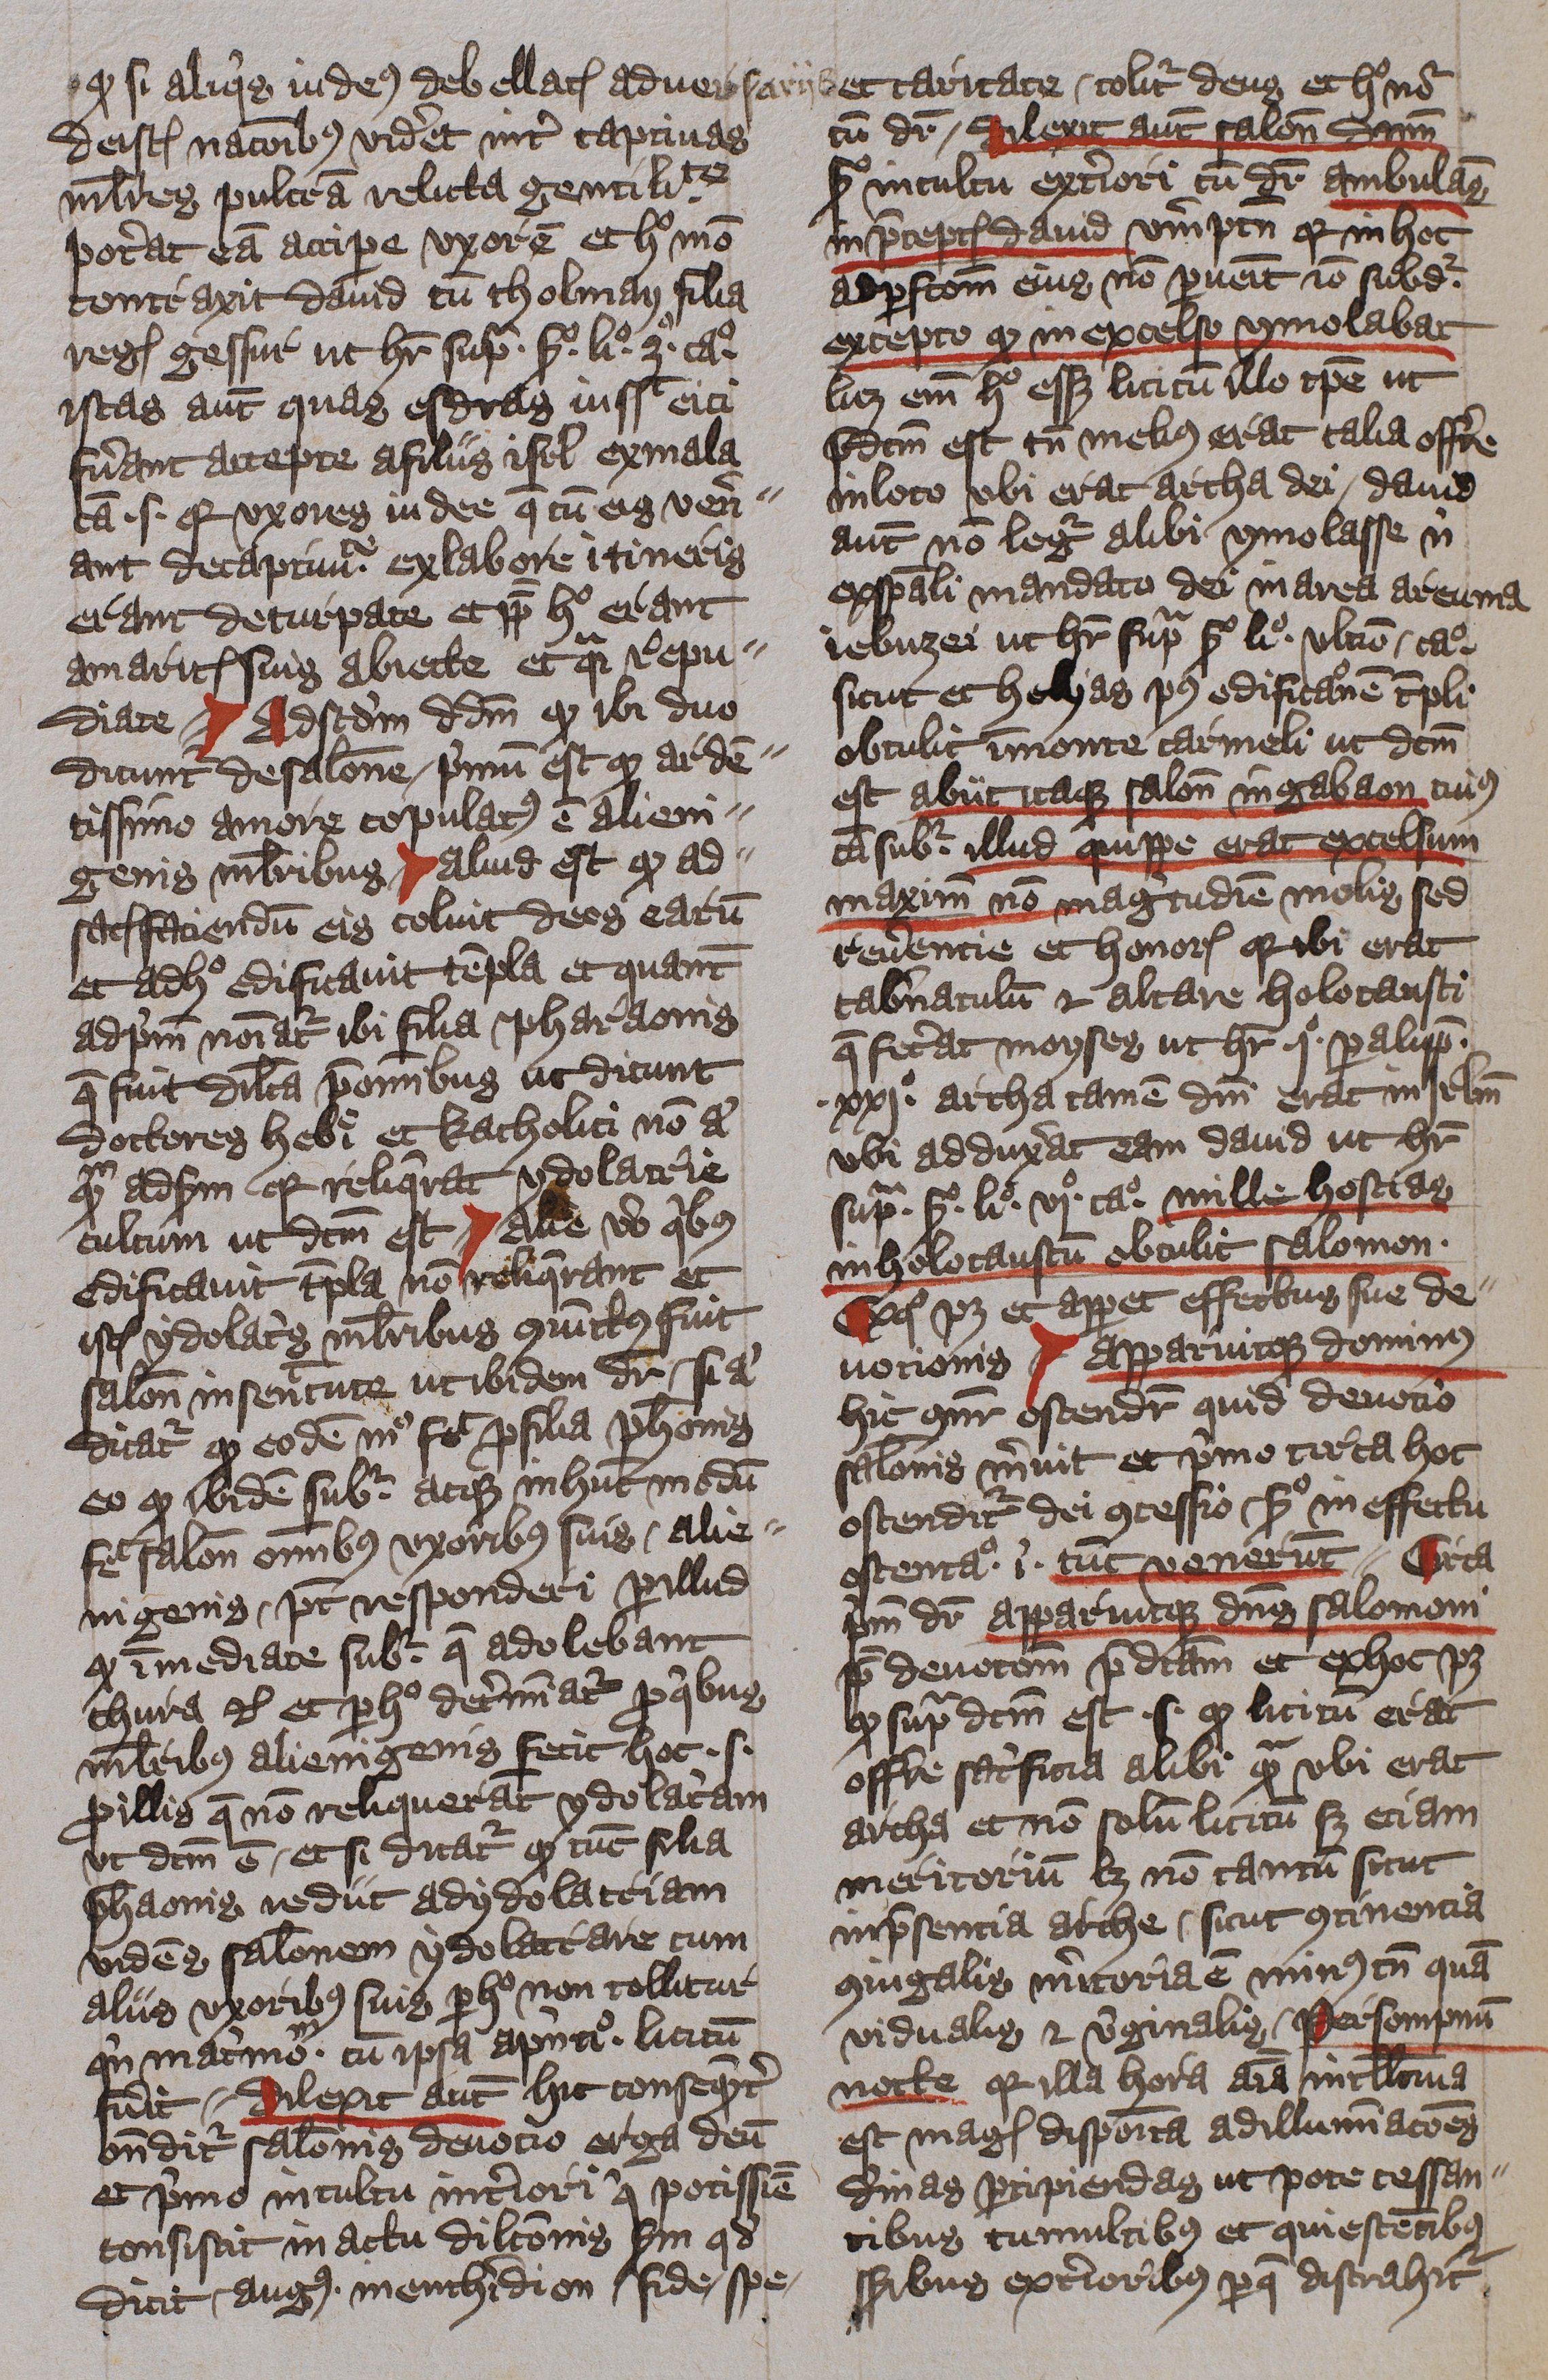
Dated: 1400–1401